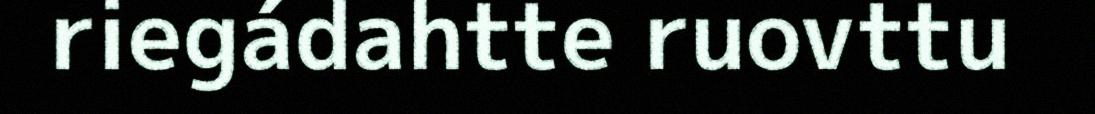
riegádahtte ruovttu